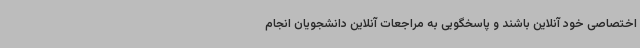
اختصاصی خود آنلاین باشند و پاسخگویی به مراجعات آنلاین دانشجویان انجام